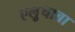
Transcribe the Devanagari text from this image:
एल्रुचाबा